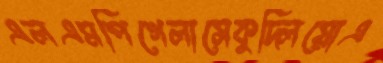
এলএমপিগেলাসেকুদ্‌লিয়োএ